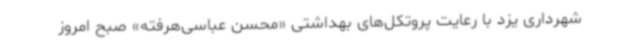
شهرداری یزد با رعایت پروتکل‌های بهداشتی «محسن عباسی‌هرفته» صبح امروز